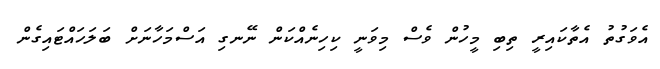
އެވަގުތު އެތާކައިރީ ތިބި މީހުން ވެސް މިވަނީ ކިހިނެއްކަން ނޭނގި އަސްމަހާނަށް ބަލަހައްޓައިގެން